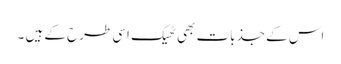
اس کے جذبات بھی ٹھیک اسی طرح کے ہیں ۔